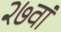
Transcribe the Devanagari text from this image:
२७वां